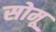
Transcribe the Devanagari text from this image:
सोमू